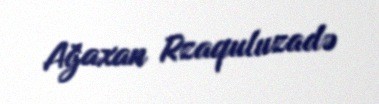
Ağaxan Rzaquluzadə